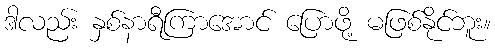
ဒါလည်း နှစ်နာရီကြာအောင် ပြောဖို့ မဖြစ်နိုင်ဘူး။